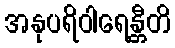
အနုပရိဝါရေန္တီတိ